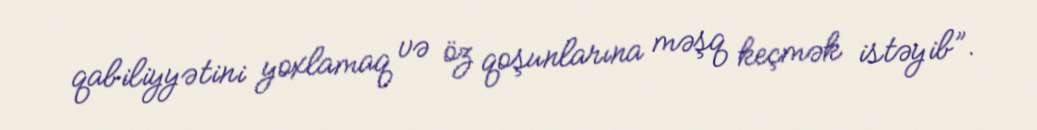
qabiliyyətini yoxlamaq və öz qoşunlarına məşq keçmək istəyib”.